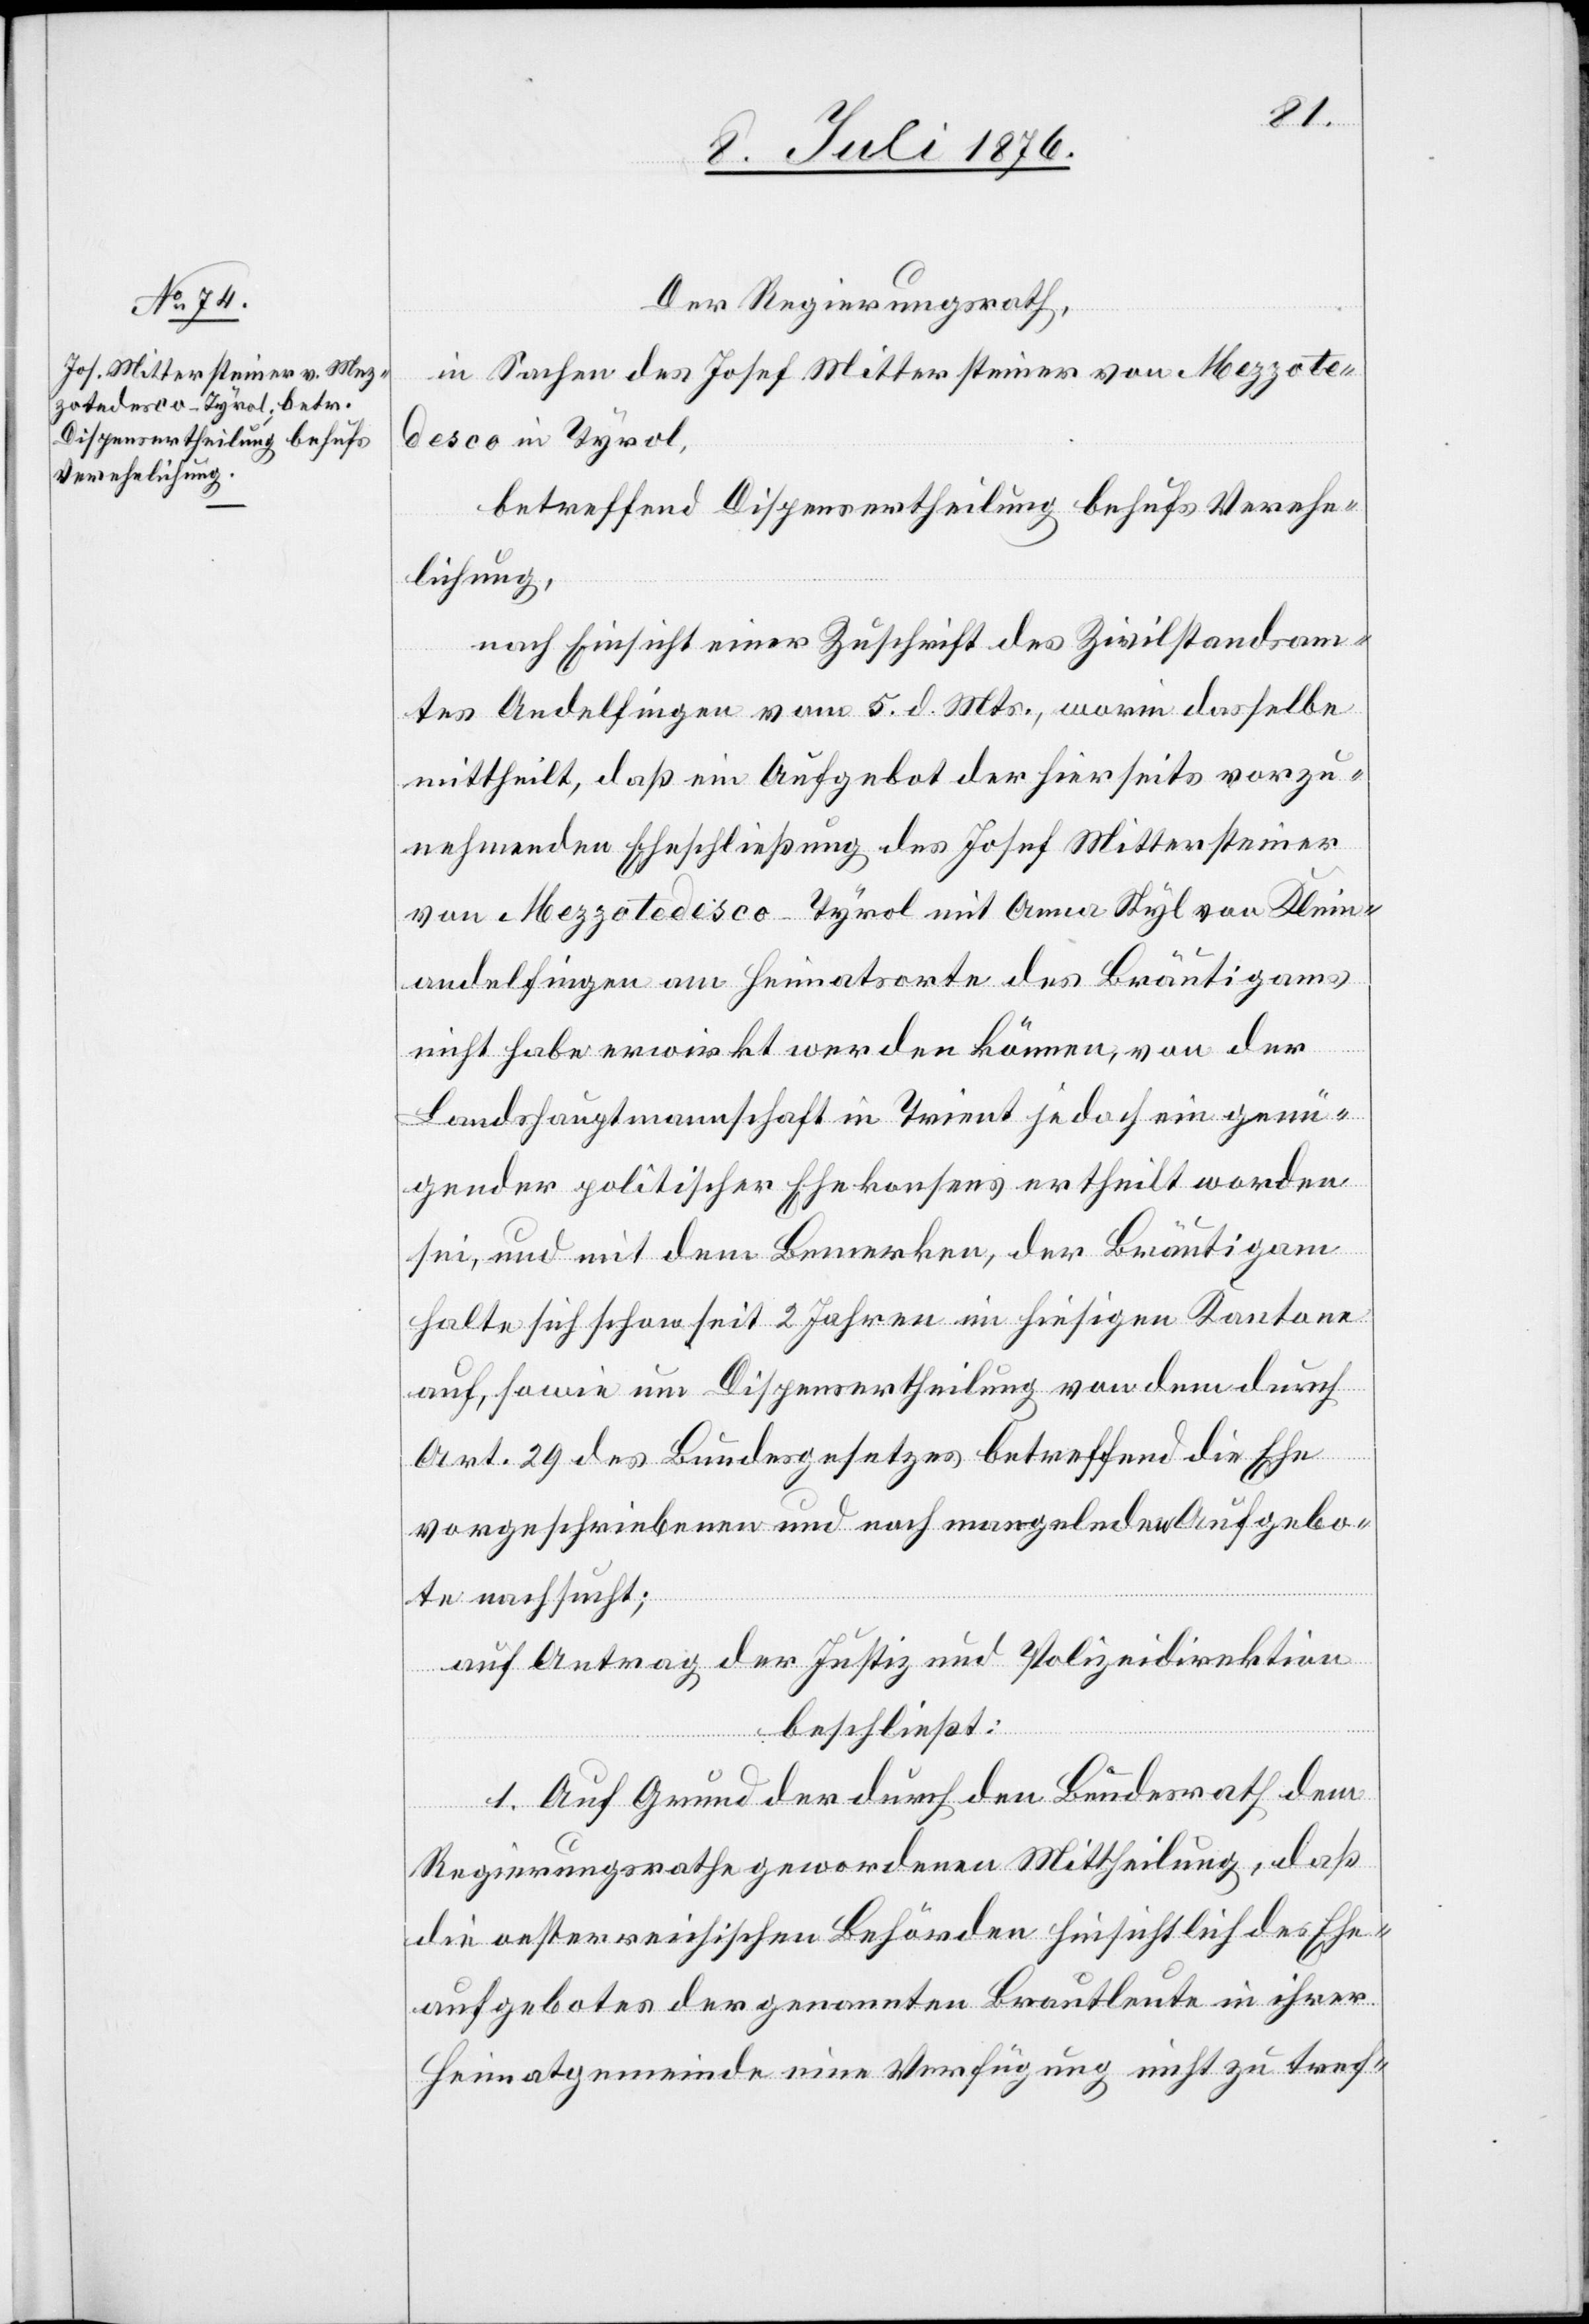
dsam¬
Der Regierungsrath
in Sachen des Josef Mittersteiner von Mezzoted¬
esco [sic!] in Tyrol,
betreffend Dispensertheilung behufs Verehe¬
lichung,
tes Andelfingen vom 5. d. Mts., worin dasselbe
mittheilt, daß ein Aufgebot der hierseits vorzu¬
nehmenden Eheschließung des Josef Mittersteiner
von Mezzotedesco - Tyrol mit Anna Styl von Klein¬
andelfingen am Heimatsorte des Bräutigams
nicht habe erwirkt werden können, von der
Landshauptmannschaft in Trient jedoch ein genü¬
gender politischer Ehekonsens ertheilt worden
sei, und mit dem Bemerken, der Bräutigam
halte sich schon seit 2 Jahren im hiesigen Kanton
auf, sowie um Dispensertheilung von dem durch
Art. 29 des Bundesgesetzes betreffend die Ehe
vorgeschriebenen und noch mangelnden Aufgebo¬
te nachsucht;
auf Antrag der Justiz- und Polizeidirektion
beschließt:
1. Auf Grund der durch den Bundesrath dem
Regierungsrathe gewordenen Mittheilung daß
die oesterreichischen Behörden hinsichtlich des Ehe¬
aufgebotes der genannten Brautleute in ihrer
Heimatgemeinde eine Verfügung nicht zu tref-